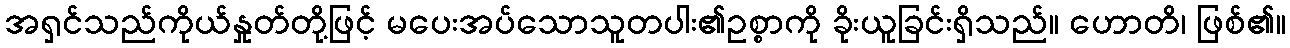
အရှင်သည်ကိုယ်နှုတ်တို့ဖြင့် မပေးအပ်သောသူတပါး၏ဥစ္စာကို ခိုးယူခြင်းရှိသည်။ ဟောတိ၊ ဖြစ်၏။